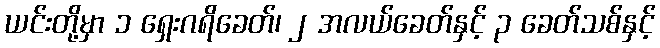
ယင်းတို့မှာ ၁ ရှေးဂရိခေတ်၊ ၂ အလယ်ခေတ်နှင့် ၃ ခေတ်သစ်နှင့်